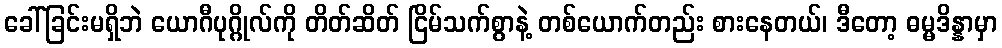
ခေါ်ခြင်းမရှိဘဲ ယောဂီပုဂ္ဂိုလ်ကို တိတ်ဆိတ် ငြိမ်သက်စွာနဲ့ တစ်ယောက်တည်း စားနေတယ်၊ ဒီတော့ ဓမ္မဒိန္နာမှာ